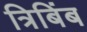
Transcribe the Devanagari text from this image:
त्रिबिंब